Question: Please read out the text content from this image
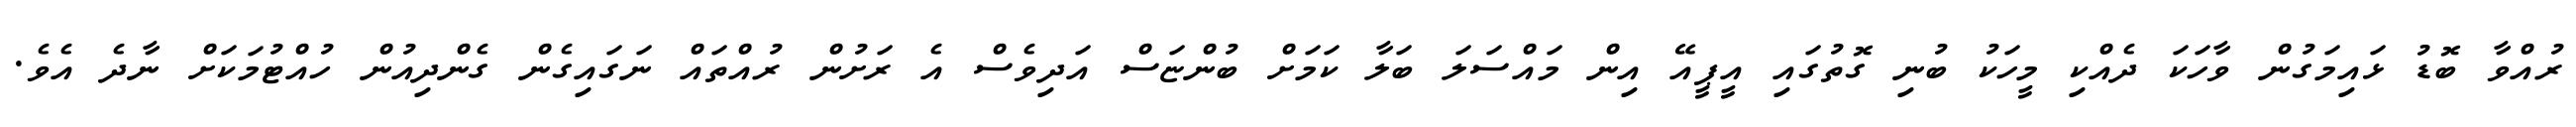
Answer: ރުއްވާ ބޮޑު ޅައިމަގުން ވާހަކަ ދެއްކި މީހަކު ބުނި ގޮތުގައި އީޕީއޭ އިން މައްސަލަ ބަލާ ކަމަށް ބުންޏަސް އަދިވެސް އެ ރަށުން ރުއްތައް ނަގައިގެން ގެންދިއުން ހުއްޓުމަކަށް ނާދެ އެވެ.